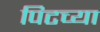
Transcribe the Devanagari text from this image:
पिटच्या